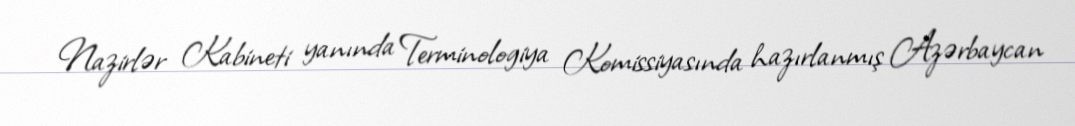
Nazirlər Kabineti yanında Terminologiya Komissiyasında hazırlanmış Azərbaycan